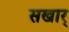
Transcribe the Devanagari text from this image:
सखार्